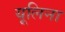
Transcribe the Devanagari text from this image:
यूलिना